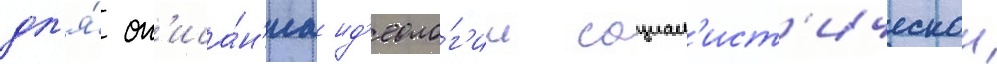
дл'я́ оп'иса́н'иа ид'еоло́г'ии социал'ист'ическои